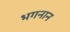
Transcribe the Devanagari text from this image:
भगनान